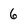
Character: 6